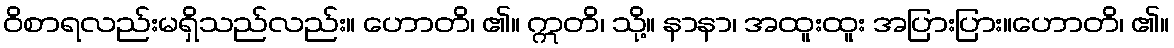
ဝိစာရလည်းမရှိသည်လည်း။ ဟောတိ၊ ၏။ ဣတိ၊ သို့။ နာနာ၊ အထူးထူး အပြားပြား။ဟောတိ၊ ၏။